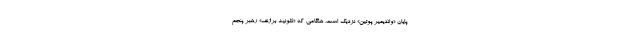
پایان «ولادیمیر پوتین» نزدیک است. هنگامی که «لئونید برژنف» رهبر پنجم